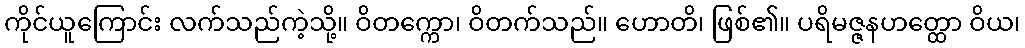
ကိုင်ယူကြောင်း လက်သည်ကဲ့သို့။ ဝိတက္ကော၊ ဝိတက်သည်။ ဟောတိ၊ ဖြစ်၏။ ပရိမဇ္ဇနဟတ္ထော ဝိယ၊